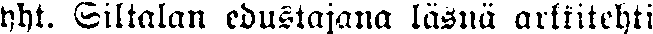
yht. Siltalan edustajana läsnä arkkitehti